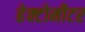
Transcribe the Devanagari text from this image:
हेक्टोमीटर